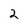
Character: 2